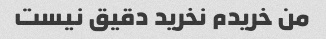
من خریدم نخرید دقیق نیست